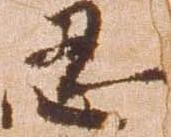
忍